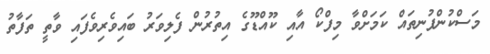
މަސްކުންފުނިތައް ކަމަށްވާ މިފްކޯ އާއި ކޫއްޑޫގެ އިތުރުން ފެލިވަރު ބައިވެރިވެފައި ވާތީ ތަފާތު